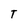
Character: T